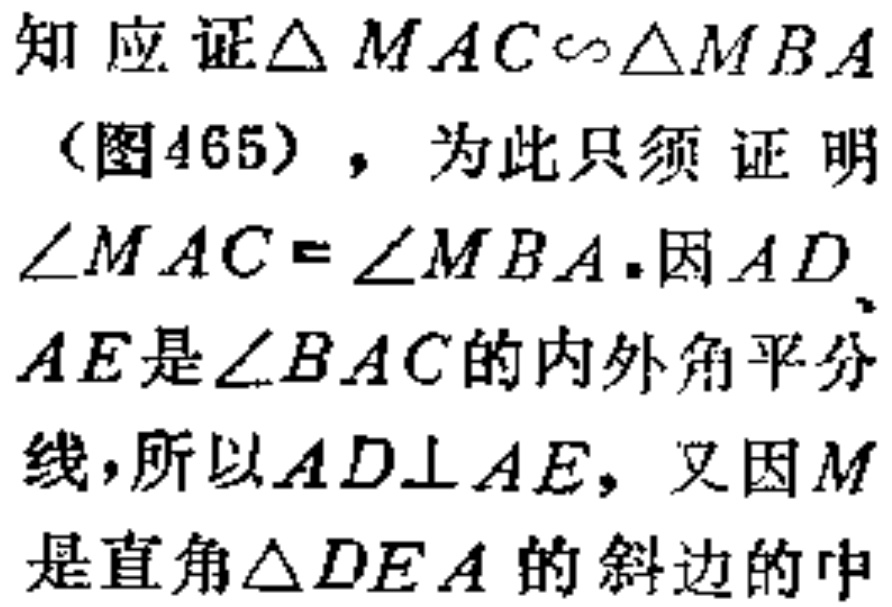
知 应证$\triangle MAC\sim\triangle MBA$
（图465），为此只须证明
$\angle MAC = \angle MBA$.因$AD$、
$AE$是$\angle BAC$的内外角平分
线，所以$AD\perp AE$，又因$M$
是直角$\triangle DEA$的斜边的中